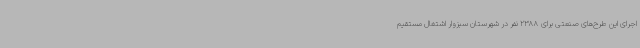
اجرای این طرح‌های صنعتی برای 2388 نفر در شهرستان سبزوار اشتغال مستقیم